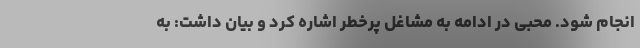
انجام شود. محبی در ادامه به مشاغل پُرخطر اشاره کرد و بیان داشت: به